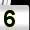
Digit: 5